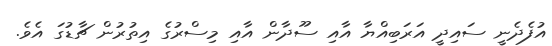
އުފެދެނީ ސައިދީ އަރަބިއްޔާ އާއި ސޫދާން އާއި މިސްރުގެ އިތުރުން ޗާޑުގަ އެވެ.